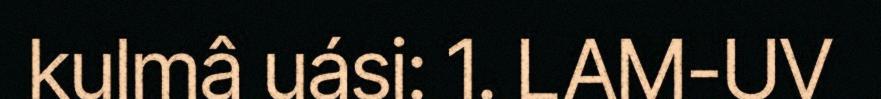
kulmâ uási: 1. LAM-UV